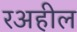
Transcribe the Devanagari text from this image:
रअहील